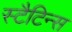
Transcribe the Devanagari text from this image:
स्टैटिन्स